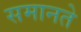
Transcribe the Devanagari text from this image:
समानते